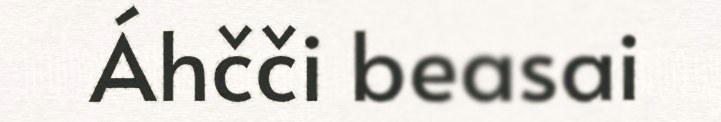
Áhčči beasai